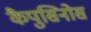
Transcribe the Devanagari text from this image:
कैपुसिनोस